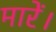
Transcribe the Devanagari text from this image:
मारें।